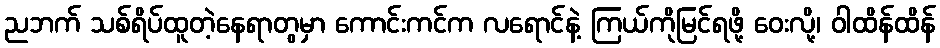
ညဘက် သစ်ရိပ်ထူတဲ့နေရာတွမှာ ကောင်းကင်က လရောင်နဲ့ ကြယ်ကိုမြင်ရဖို့ ဝေးလို့၊ ဝါထိန်ထိန်